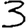
Digit: 3